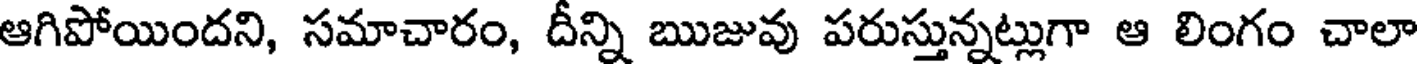
ఆగిపోయిందని, సమాచారం, దీన్ని ఋజువు పరుస్తున్నట్లుగా ఆ లింగం చాలా